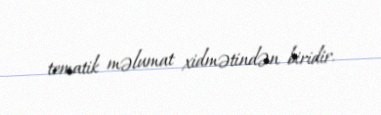
tematik məlumat xidmətindən biridir.